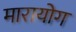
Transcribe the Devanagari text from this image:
मारायोग